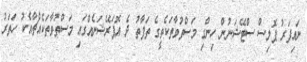
ނައިފަރު ޕޮލިސް ސްޓޭޝަނުން ހިންގި މަސްތުވާތަކެތީގެ ތަފާތު ދެ އޮޕަރޭޝަނެއްގައި މަސްތުވާތަކެއްޗާއެކު ހަތަރު